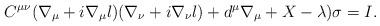
LaTeX: \begin{align*}C^{\mu\nu}(\nabla_{\mu} +i\nabla_{\mu}l)(\nabla_{\nu} + i\nabla_{\nu}l) + d^{\mu}\nabla_{\mu} +X - \lambda)\sigma = I.\end{align*}